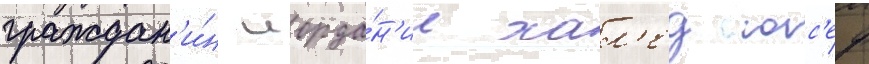
граждан'и́н иорда́н'ии хал'ед юс'еф